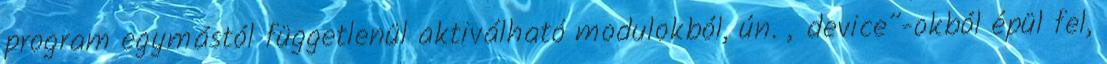
program egymástól függetlenül aktiválható modulokból, ún. „device”-okból épül fel,